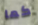
كما